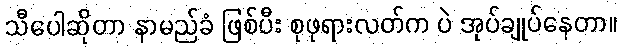
သီပေါဆိုတာ နာမည်ခံ ဖြစ်ပီး စုဖုရားလတ်က ပဲ အုပ်ချုပ်နေတာ။